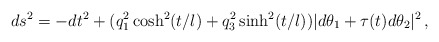
\begin{align*}ds^2 = -dt^2 + (q_1^2\cosh^2(t/l)+q_3^2\sinh^2(t/l))|d\theta_1 + \tau(t)d\theta_2|^2\,,\end{align*}